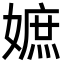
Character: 嫬